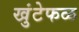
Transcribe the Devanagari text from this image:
खुंटेफळ